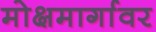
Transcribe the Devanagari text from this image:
मोक्षमार्गावर